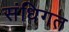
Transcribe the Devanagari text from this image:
संधिगत